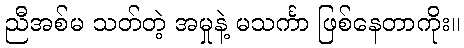
ညီအစ်မ သတ်တဲ့ အမှုနဲ့ မသင်္ကာ ဖြစ်နေတာကိုး။